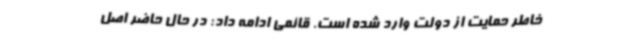
خاطر حمایت از دولت وارد شده است. قائمی ادامه داد: در حال حاضر اصل